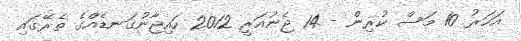
އަހަރު 10 މަސް ކުރިން - 14 ޖެނުއަރީ 2012 ހައިޖާނުގަނޑެއްގެ ތެރޭގައި